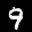
Label: 9